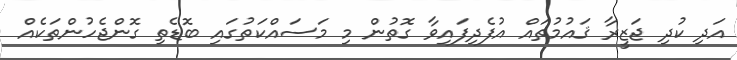
އަދި ކުދި ޖަޒީރާ ޤައުމުތައް އުފެދިފައިވާ ގޮތުން މި މަސައްކަތުގައި ބޮޑެތި ގޮންޖެހުންތަކެއް